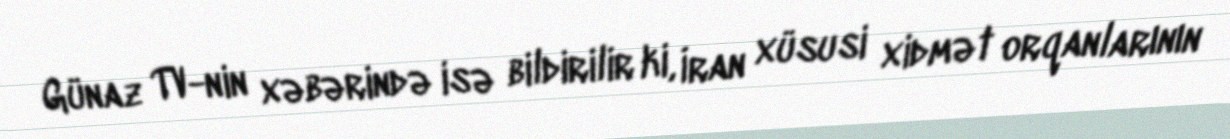
Günaz TV-nin xəbərində isə bildirilir ki, İran xüsusi xidmət orqanlarının